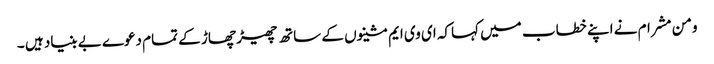
ومن مشرام نے اپنے خطاب میں کہاکہ ای وی ایم مشینوں کے ساتھ چھیڑ چھاڑ کے تمام دعوے بے بنیاد ہیں ۔